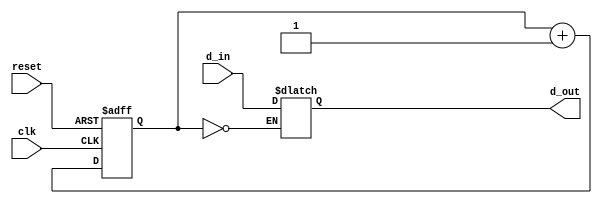
module synchronizer (
    input wire clk,
    input wire reset,
    input wire d_in,
    output reg d_out
);

reg [3:0] stages;

always @(posedge clk or posedge reset) begin
    if (reset) begin
        stages <= 0;
    end else begin
        stages <= stages + 1;
    end
end

always @* begin
    case (stages)
        0: d_out <= d_in;
        1: d_out <= d_out;
        2: d_out <= d_out;
        3: d_out <= d_out;
        default: d_out <= d_out;
    endcase
end

endmodule